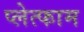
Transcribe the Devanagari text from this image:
प्लेत्फाम